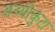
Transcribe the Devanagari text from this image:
अव्योकुटा